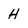
Character: h